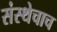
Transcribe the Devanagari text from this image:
संस्थेचाच